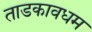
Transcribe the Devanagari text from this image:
ताडकावधम